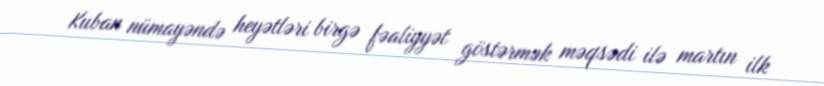
Kuban nümayəndə heyətləri birgə fəaliyyət göstərmək məqsədi ilə martın ilk